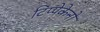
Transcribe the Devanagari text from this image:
टिप्पेकेनो